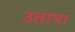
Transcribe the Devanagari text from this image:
उताया